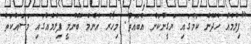
"ފިލްމެއް ހެދޭނެ ކަމުގައި ޔަގީންކަން އެބައޮތް. މިހާރު އެންމެ ބޭނުމީ ފިލްމެއްގައި މަސައްކަތް